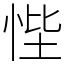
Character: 悂